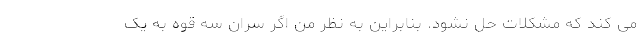
می کند که مشکلات حل نشود. بنابراین به نظر من اگر سران سه قوه به یک